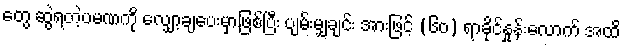
တွေ ဆွဲရတဲ့ပမဏကို လျှော့ချပေးမှာဖြစ်ပြီး ပျမ်းမျှချင်း အားဖြင့် (၆၀) ရာခိုင်နှုန်းလောက် အထိ